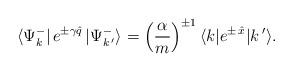
LaTeX: \begin{align*}\langle \Psi_k^-|\, e^{\pm\gamma\hat q}\,|\Psi_{k\,'}^-\rangle=\left(\frac{\alpha}{m}\right)^{\pm 1}\langle k| e^{\pm\,\hat x}|k\,'\rangle.\end{align*}